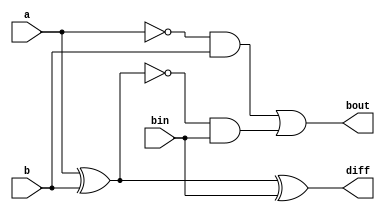
module full_subtr(a,b,bin,diff,bout);
input a,b,bin;
output wire diff,bout;
wire b1,b2,b3,na;
not(na,a);
xor(diff,a,b,bin);
and(b1,na,b);
xnor(b2,a,b);
and(b3,b2,bin);
or(bout,b1,b3);
endmodule